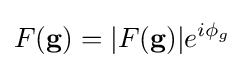
F({\textbf {g}})=|F({\textbf {g}})|e^{i\phi _{g}}